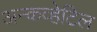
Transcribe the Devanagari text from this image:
अन्कव्हेटिल